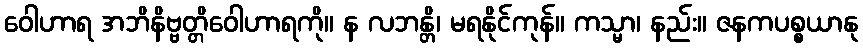
ဝေါဟာရ အဘိနိဗ္ဗတ္တိဝေါဟာရကို။ န လဘန္တိ၊ မရနိုင်ကုန်။ ကသ္မာ၊ နည်း။ ဇနကပစ္စယာနု